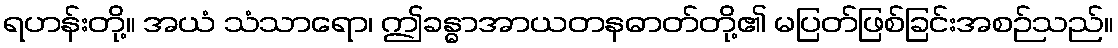
ရဟန်းတို့။ အယံ သံသာရော၊ ဤခန္ဓာအာယတနဓာတ်တို့၏ မပြတ်ဖြစ်ခြင်းအစဉ်သည်။